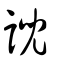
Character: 誽